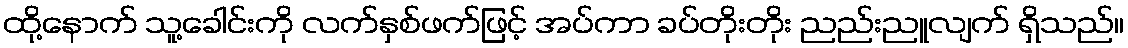
ထို့နောက် သူ့ခေါင်းကို လက်နှစ်ဖက်ဖြင့် အပ်ကာ ခပ်တိုးတိုး ညည်းညူလျက် ရှိသည်။